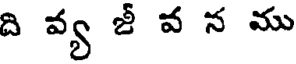
ది వ్య జీ వ న ము